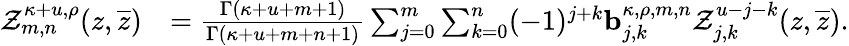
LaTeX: \begin{array}{rl}{\mathcal{Z}_{m,n}^{\kappa+u,\rho}(z,\overline{{z}})}&{=\frac{\Gamma(\kappa+u+m+1)}{\Gamma(\kappa+u+m+n+1)}\sum_{j=0}^{m}\sum_{k=0}^{n}(-1)^{j+k}\mathbf{b}_{j,k}^{\kappa,\rho,m,n}\mathcal{Z}_{j,k}^{u-j-k}(z,\overline{{z}}).}\end{array}